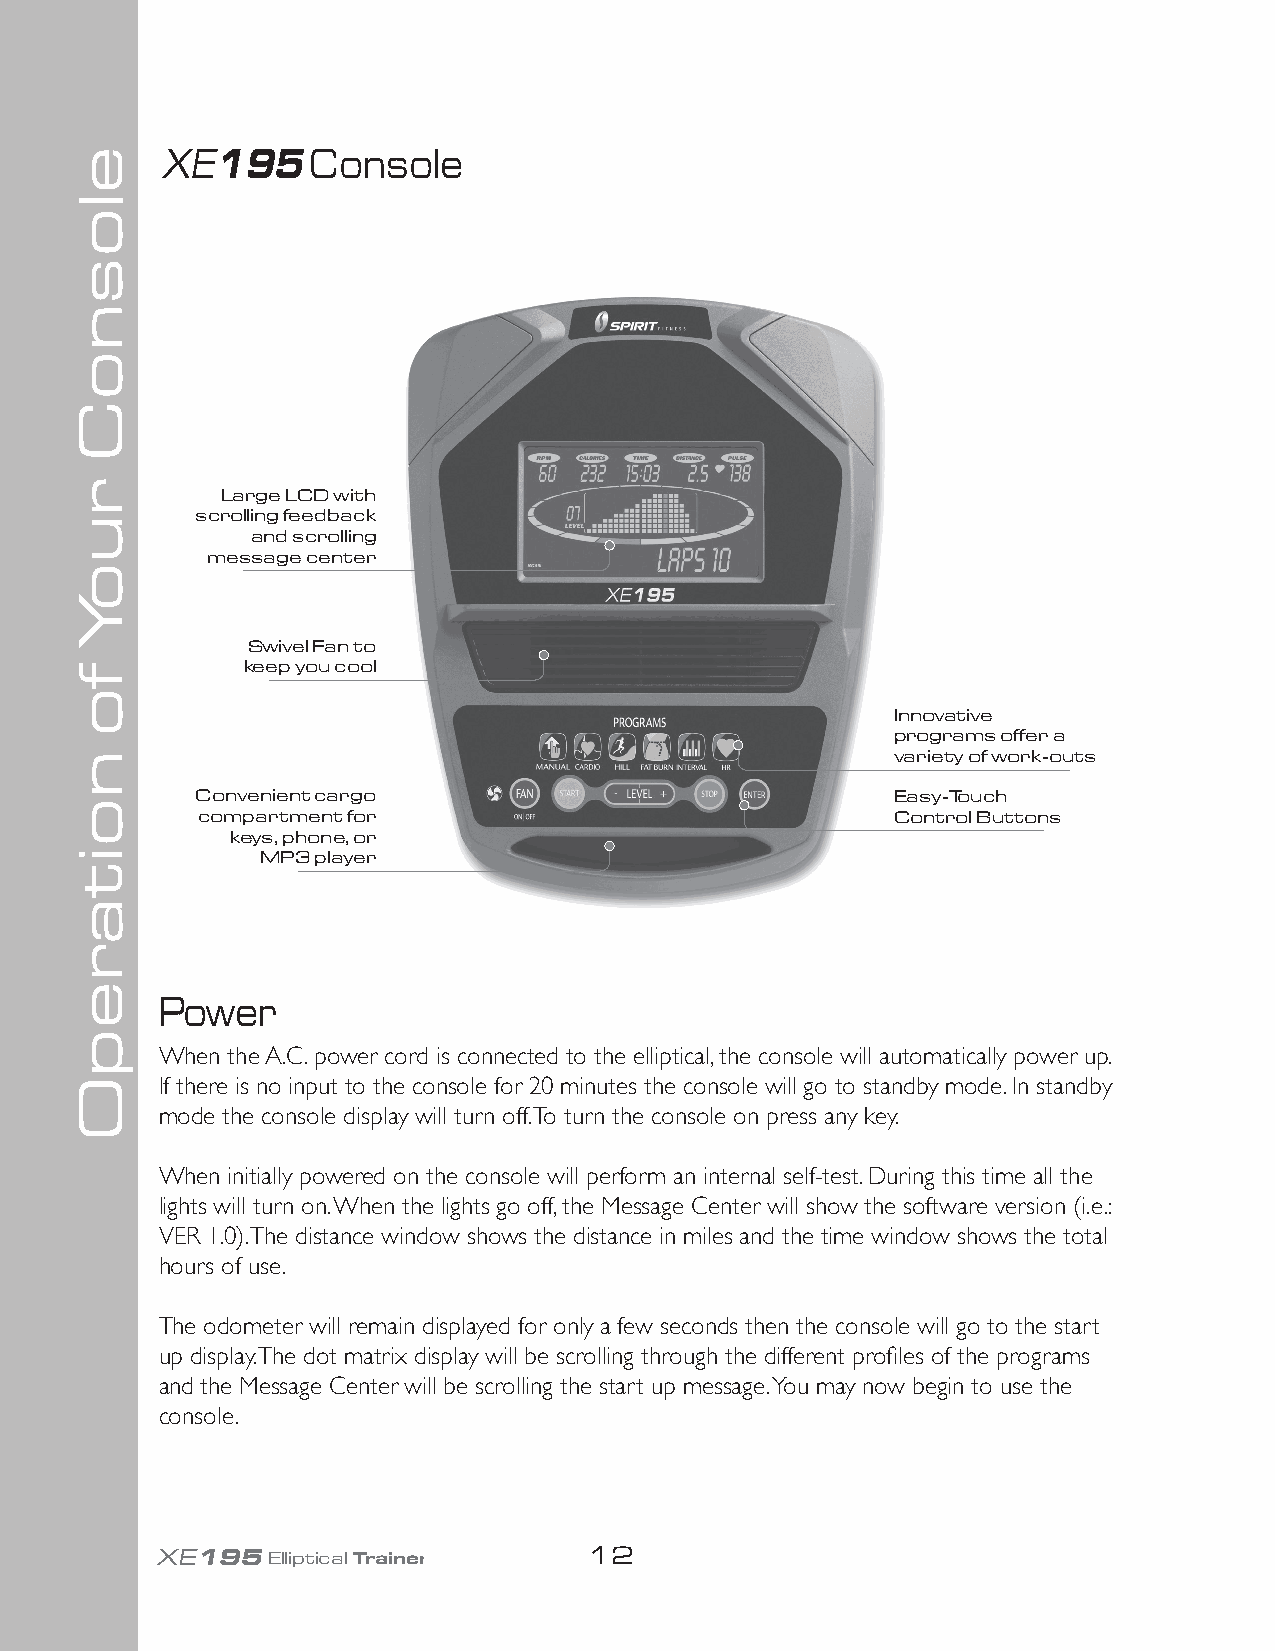
XE195     Console
 Large LCD with
 scrolling feedback
 and scrolling
 message center
 Swivel Fan to
 keep you cool
 Innovative
 programs offer a
 variety of work-outs
 Convenient cargo                              Easy-Touch
 compartment for                               Control Buttons
 keys, phone, or
 MP3 player
 Power
 When the A.C. power cord is connected to the elliptical, the console will automatically power up.
 If there is no input to the console for 20 minutes the console will go to standby mode. In standby
 mode the console display will turn off. To turn the console on press any key.
 When initially powered on the console will perform an internal self-test. During this time all the
 lights will turn on. When the lights go off, the Message Center will show the software version (i.e.:
 VER 1.0). The distance window shows the distance in miles and the time window shows the total
 hours of use.
 The odometer will remain displayed for only a few seconds then the console will go to the start
 up display. The dot matrix display will be scrolling through the different profiles of the programs
 and the Message Center will be scrolling the start up message. You may now begin to use the
 console.
 XE195Elliptical Trainer      12
 elosnoC
 ruoY
 fo
 noitarepO